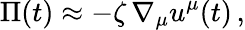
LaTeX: \Pi(t)\approx-\zeta\, \nabla_{\mu}u^{\mu}(t)\, ,